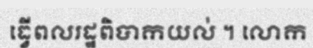
ធ្វើពលរដ្ឋពិបាកយល់ ។ លោក